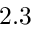
2 . 3